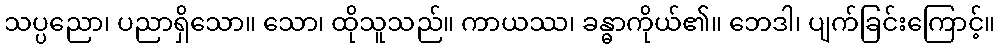
သပ္ပညော၊ ပညာရှိသော။ သော၊ ထိုသူသည်။ ကာယဿ၊ ခန္ဓာကိုယ်၏။ ဘေဒါ၊ ပျက်ခြင်းကြောင့်။